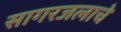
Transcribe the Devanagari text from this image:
सागरजलाचे